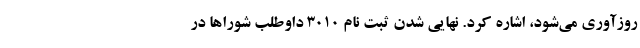
روزآوری می‌شود، اشاره کرد. نهایی شدن ثبت نام ٣٠١٠ داوطلب شوراها در